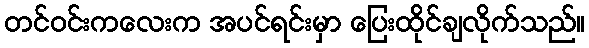
တင်ဝင်းကလေးက အပင်ရင်းမှာ ပြေးထိုင်ချလိုက်သည်။